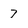
Character: 7